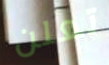
تعلن